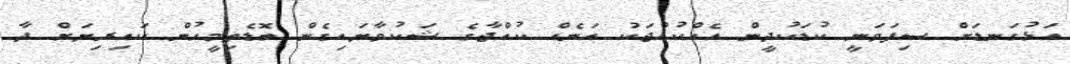
އަޅުގަނޑަށް ސިފަވަނީ ކުޑަކުދީން އެއްކުއްޖަކު އަނެއް ކުއްޖާގެ ޝަކުވާޔައިގެން ބޮޑެތިމީހުން ކައިރިޔަށް ދާ